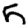
Digit: 5